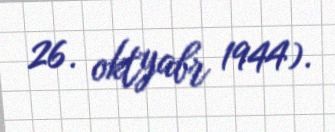
26. oktyabr 1944).